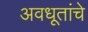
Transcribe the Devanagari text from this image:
अवधूतांचे